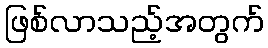
ဖြစ်လာသည့်အတွက်